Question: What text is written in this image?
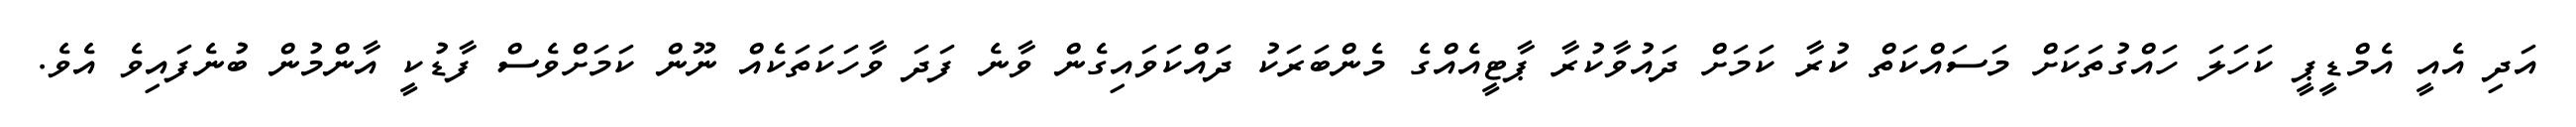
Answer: އަދި އެއީ އެމްޑީޕީ ކަހަލަ ހައްގުތަކަށް މަސައްކަތް ކުރާ ކަމަށް ދައުވާކުރާ ޕާޓީއެއްގެ މެންބަރަކު ދައްކަވައިގެން ވާނެ ފަދަ ވާހަކަތަކެއް ނޫން ކަމަށްވެސް ފާޑުކީ އާންމުން ބުނެފައިވެ އެވެ.